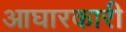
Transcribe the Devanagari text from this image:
आघारकारी